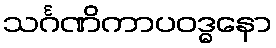
သင်္ဂဏိကာပဝဒ္ဓနော